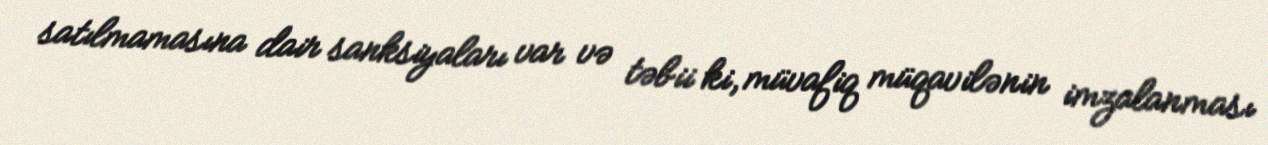
satılmamasına dair sanksiyaları var və təbii ki, müvafiq müqavilənin imzalanması